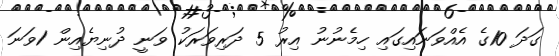
ގަދަ 10ގެ އެއްވަނައިގައި ހިމެނުނު އިރު 5 ދަރިވަރަކު ވަނީ ދުނިޔެއިން 1ވަނަ